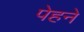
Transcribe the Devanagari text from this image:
पेहने